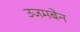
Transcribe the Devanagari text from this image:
उजमबेन